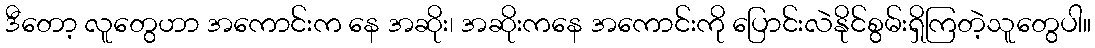
ဒီတော့ လူတွေဟာ အကောင်းက နေ အဆိုး၊ အဆိုးကနေ အကောင်းကို ပြောင်းလဲနိုင်စွမ်းရှိကြတဲ့သူတွေပါ။